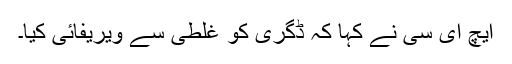
ایچ ای سی نے کہا کہ ڈگری کو غلطی سے ویریفائی کیا۔